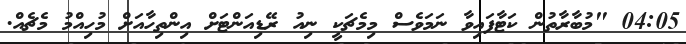
04:05 "މުބާރާތުން ކަޓާފައިވާ ނަމަވެސް މިމެޗަކީ ނިއު ރޭޑިއަންޓަށް އިންތިހާއަށް މުހިއްމު މެޗެއް.